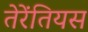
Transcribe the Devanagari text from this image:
तेरेंतियस